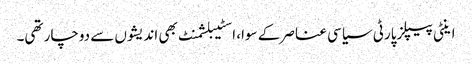
اینٹی پیپلزپارٹی سیاسی عناصر کے سوا، اسٹیبلشمنٹ بھی اندیشوں سے دوچار تھی۔